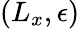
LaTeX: (L_{x},\epsilon)